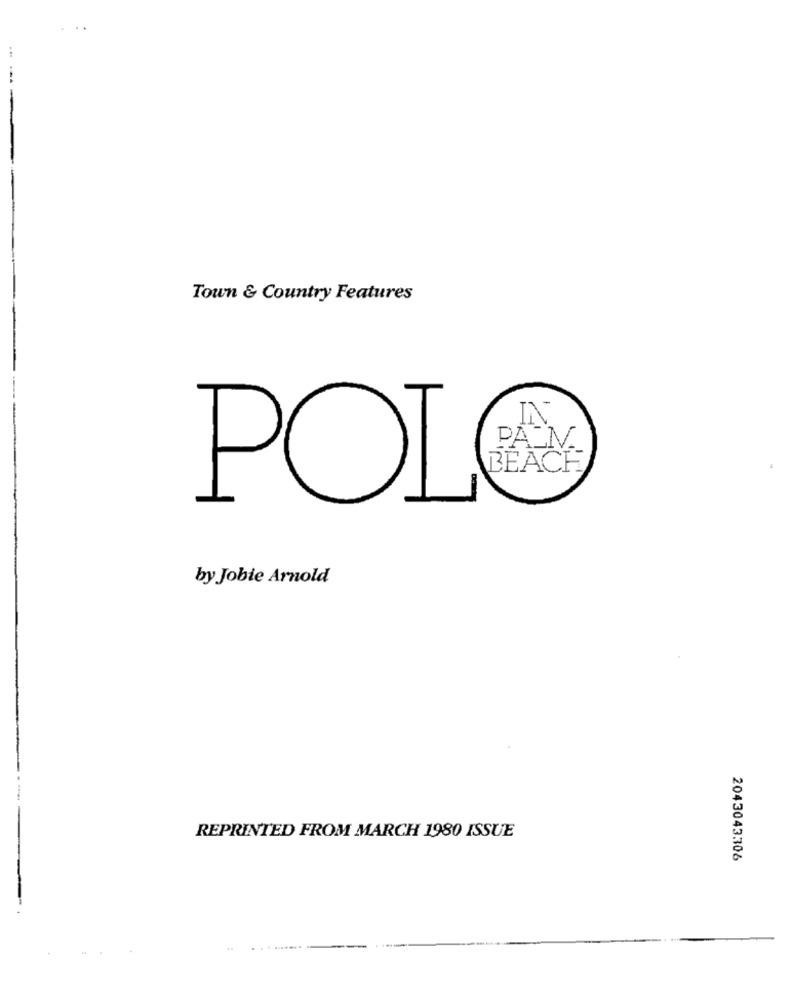
Town & Country Features
POLO
BEACH
by Jobie Arnold
REPRINTED FROM MARCH 1980 ISSUE
2043043306
...----- -